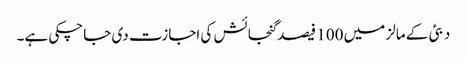
دبئی کے مالز میں 100 فیصد گنجائش کی اجازت دی جاچکی ہے۔